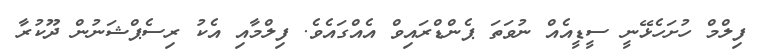
ފިލްމް ހުށަހެޅޭނީ ސީޑީއެއް ނުވަތަ ޕެންޑްރައިވް އެއްގައެވެ. ފިލްމާއި އެކު ރިސެޕްޝަނުން ދޫކުރާ